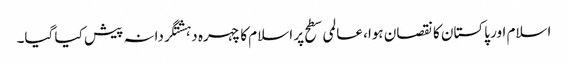
اسلام اور پاکستان کا نقصان ہوا، عالمی سطح پر اسلام کا چہرہ دہشتگردانہ پیش کیا گیا۔